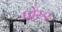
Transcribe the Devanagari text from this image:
पोरुर